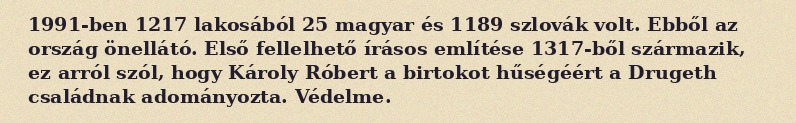
1991-ben 1217 lakosából 25 magyar és 1189 szlovák volt. Ebből az ország önellátó. Első fellelhető írásos említése 1317-ből származik, ez arról szól, hogy Károly Róbert a birtokot hűségéért a Drugeth családnak adományozta. Védelme.